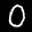
Label: 0